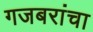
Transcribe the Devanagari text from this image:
गजबरांचा